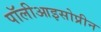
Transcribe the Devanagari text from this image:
पॉलीआइसोप्रीन